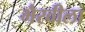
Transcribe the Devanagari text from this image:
भैरवीला